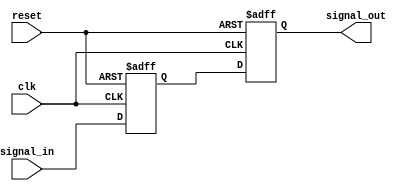
module two_ff_metastability_detector (
    input wire clk,          // Clock signal
    input wire reset,        // Asynchronous reset signal
    input wire signal_in,    // Asynchronous input signal
    output reg signal_out     // Stable output signal
);

    // Internal signals for the two flip-flops
    reg ff1_out;

    // First flip-flop (FF1)
    always @(posedge clk or posedge reset) begin
        if (reset) begin
            ff1_out <= 1'b0; // Initialize FF1 to 0 on reset
        end else begin
            ff1_out <= signal_in; // Capture input signal
        end
    end

    // Second flip-flop (FF2)
    always @(posedge clk or posedge reset) begin
        if (reset) begin
            signal_out <= 1'b0; // Initialize FF2 to 0 on reset
        end else begin
            signal_out <= ff1_out; // Capture output of FF1
        end
    end

endmodule